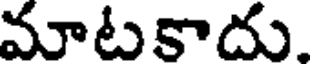
మాటకాదు.